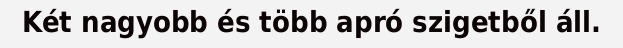
Két nagyobb és több apró szigetből áll.